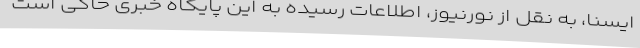
ایسنا، به نقل از نورنیوز، اطلاعات رسیده به این پایگاه خبری حاکی است